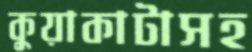
কুয়াকাটাসহ